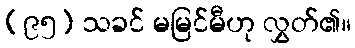
(၉၅) သခင် မမြင်မီဟု လွှတ်၏။